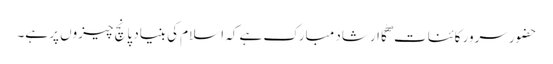
حضور سرور کائنات ۖکا ارشاد مبارک ہے کہ اسلام کی بنیاد پانچ چیزوں پر ہے۔